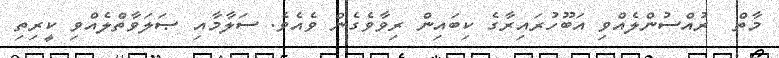
މާތް  ރުއްސުންލެއްވި އަބޫހުރައިރާގެ ކިބައިން ރިވާވެގެން ވެއެވެ. ސަލާމާއި ޞަލަވާތްލެއްވި ކީރިތި